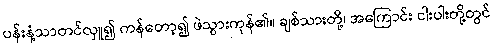
ပန်းနံ့သာတင်လှူ၍ ကန်တော့၍ ဖဲသွားကုန်၏။ ချစ်သားတို့၊ အကြောင်း ငါးပါးတို့တွင်